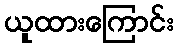
ယူထားကြောင်း